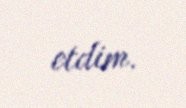
etdim.